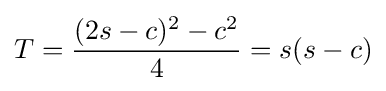
T={\frac {(2s-c)^{2}-c^{2}}{4}}=s(s-c)